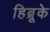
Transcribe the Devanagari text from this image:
हिब्रूके